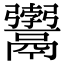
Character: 𩱚